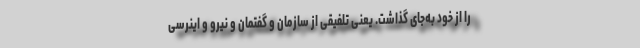
را از خود به‌جای گذاشت. یعنی تلفیقی از سازمان و گفتمان و نیرو و اینرسی